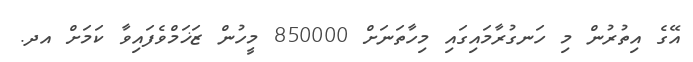
އޭގެ އިތުރުން މި ހަނގުރާމައިގައި މިހާތަނަށް 850000 މީހުން ޒަޚަމްވެފައިވާ ކަމަށް އދ.